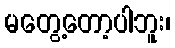
မတွေ့တော့ပါဘူး၊